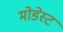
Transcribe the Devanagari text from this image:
मोडेस्ट